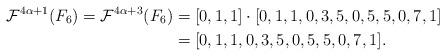
LaTeX: \begin{align*}{\mathcal F}^{4\alpha+1}(F_6)={\mathcal F}^{4\alpha+3}(F_6)&=[0,1,1]\cdot [0, 1, 1, 0, 3, 5, 0, 5, 5, 0, 7, 1]\\&=[0,1,1,0,3,5,0,5,5,0,7,1].\end{align*}